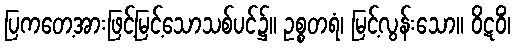
ပြကတေ့အားဖြင့်မြင့်သောသစ်ပင်၌။ ဥစ္စတရံ၊ မြင့်လွန်းသော။ ဝိဋဝိံ၊